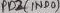
Text: PB2